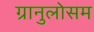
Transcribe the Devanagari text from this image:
ग्रानुलोसम